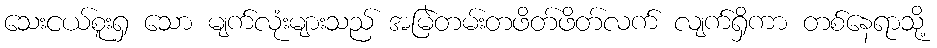
သေးငယ်စူးရှ သော မျက်လုံးများသည် အမြဲတမ်းတဖိတ်ဖိတ်လက် လျက်ရှိကာ တစ်နေရာသို့